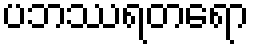
ပဘဿရတရော